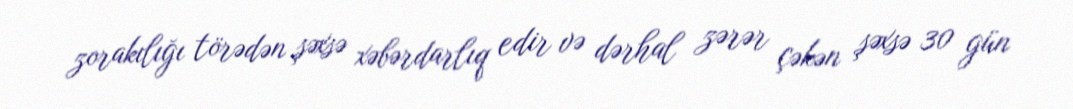
zorakılığı törədən şəxsə xəbərdarlıq edir və dərhal zərər çəkən şəxsə 30 gün